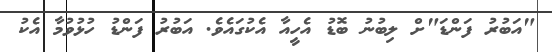
"އަބުރު ފަންޑަ"ށް ލިބުނު ބޮޑު އެހީއާ އެކުގައެވެ. އަބުރު ފަންޑު ހުޅުވުމާ އެކު